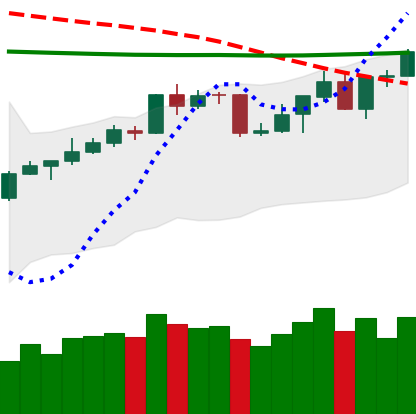
Ticker: BNB-USD
Chart end date: 2020-04-18
Forward return: -3.537%
Label: down_3_5